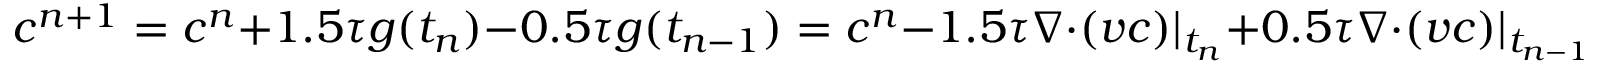
c ^ { n + 1 } = c ^ { n } + 1 . 5 \tau g ( t _ { n } ) - 0 . 5 \tau g ( t _ { n - 1 } ) = c ^ { n } - 1 . 5 \tau \nabla \cdot ( \boldsymbol { v } c ) | _ { t _ { n } } + 0 . 5 \tau \nabla \cdot ( \boldsymbol { v } c ) | _ { t _ { n - 1 } } .